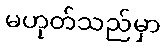
မဟုတ်သည်မှာ